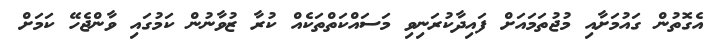
އެގޮތުން ގައުމަށާއި މުޖުތަމައަށް ފައިދާާކުރަނިވި މަސައްކަތްތަކެއް ކުރާ ޒުވާނުން ކަމުގައި ވާންޖެހޭ ކަމަށް